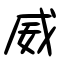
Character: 威